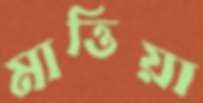
মাত্তিয়া